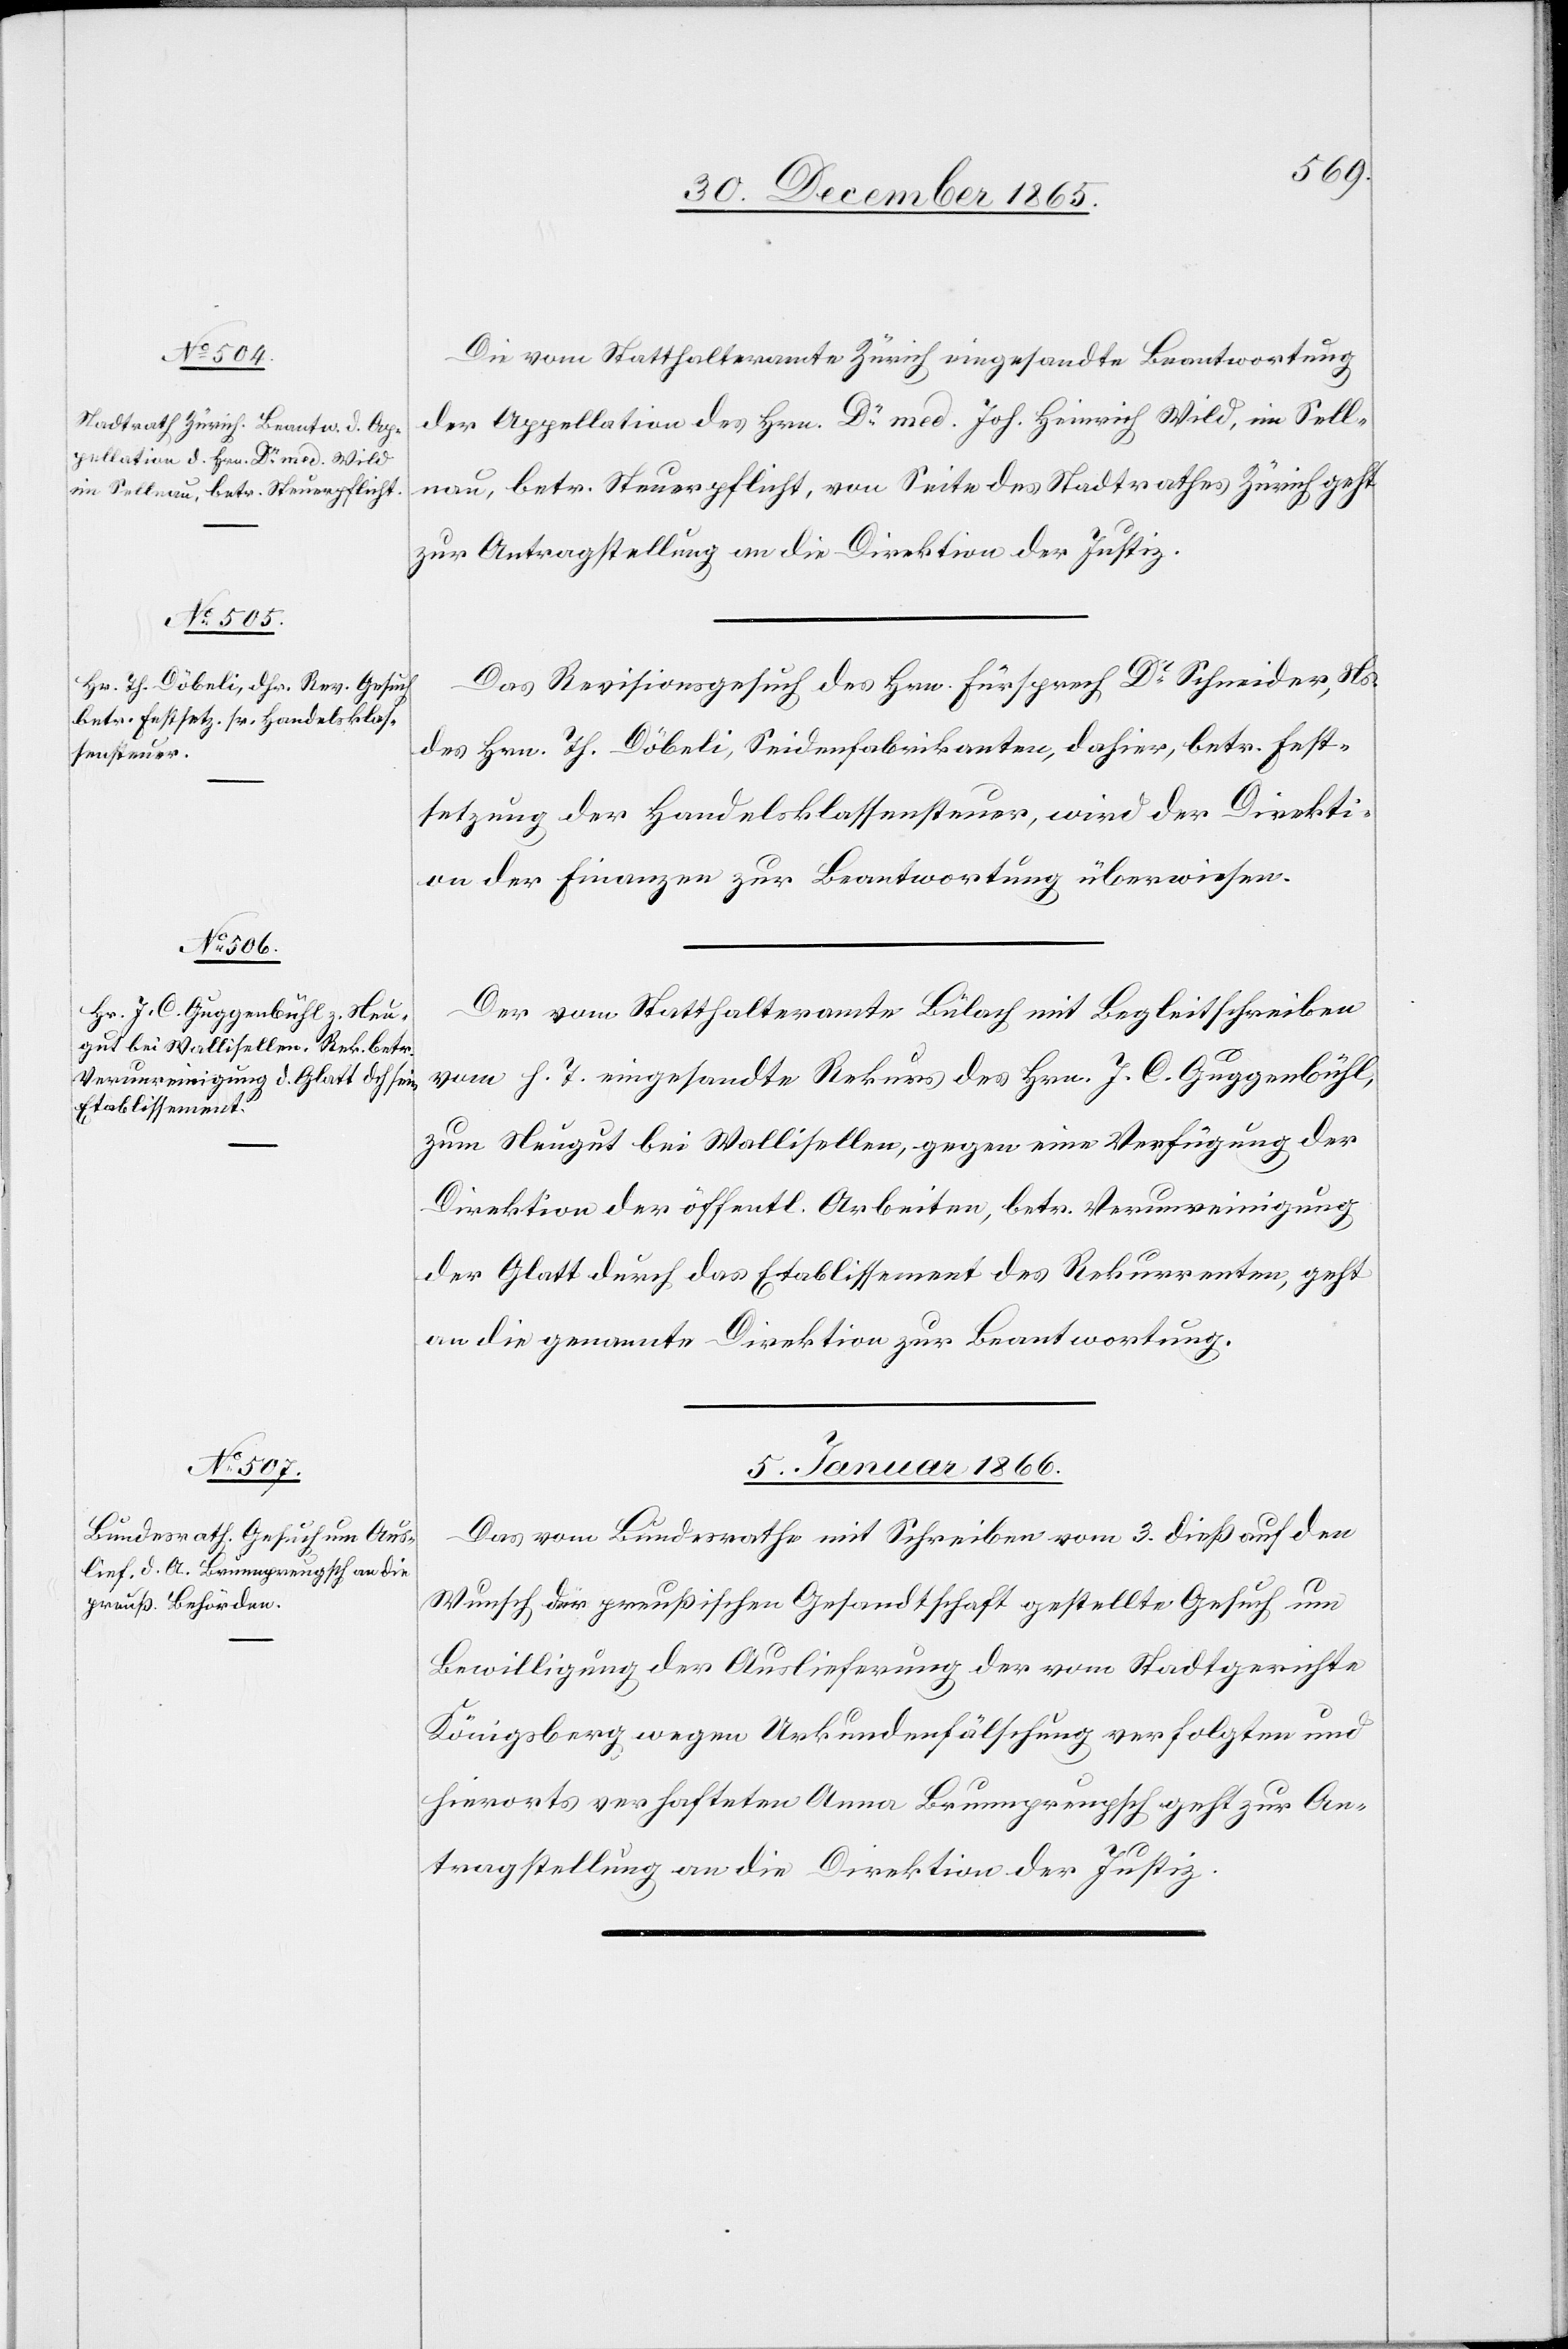
Die vom Statthalteramte Zürich eingesandte Beantwortung
der Appellation des Hrn. Dr med. Joh. Heinrich Wild, im Sell¬
nau, betr. Steuerpflicht, von Seite des Stadtrathes Zürich geht
zur Antragstellung an die Direktion der Justiz.
Das Revisionsgesuch des Hrn. Fürsprech Dr Schneider, Ns
des Hrn. Th. Döbeli, Seidenfabrikanten, dahier, betr. Fest¬
setzung der Handelsklassensteuer, wird der Direkti¬
on der Finanzen zur Beantwortung überwiesen.
Der vom Statthalteramte Bülach mit Begleitschreiben
vom h. T. eigesandte Rekurs des Hrn. J. C. Guggenbühl,
zum Neugut bei Wallisellen, gegen eine Verfügung der
Direktion der öffentl. Arbeiten, betr. Verunreinigung
der Glatt durch das Etablissement des Rekurrenten, geht
an die genannte Direktion zur Beantwortung.
5. Januar 1866.
Das vom Bundesrathe mit Schreiben vom 3. dieß auf den
Wunsch der preußischen Gesandtschaft gestellte Gesuch um
Bewilligung der Auslieferung der vom Stadtgerichte
Königsberg wegen Urkundenfälschung verfolgten und
hierorts verhafteten Anna Brunnpreugsch geht zur An¬
tragstellung an die Direktion der Justiz.